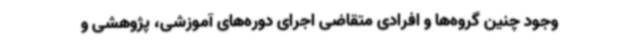
وجود چنین گروه‌ها و افرادی متقاضی اجرای دوره‌های آموزشی، پژوهشی و